Eesti_Rahvusfond, lk 112
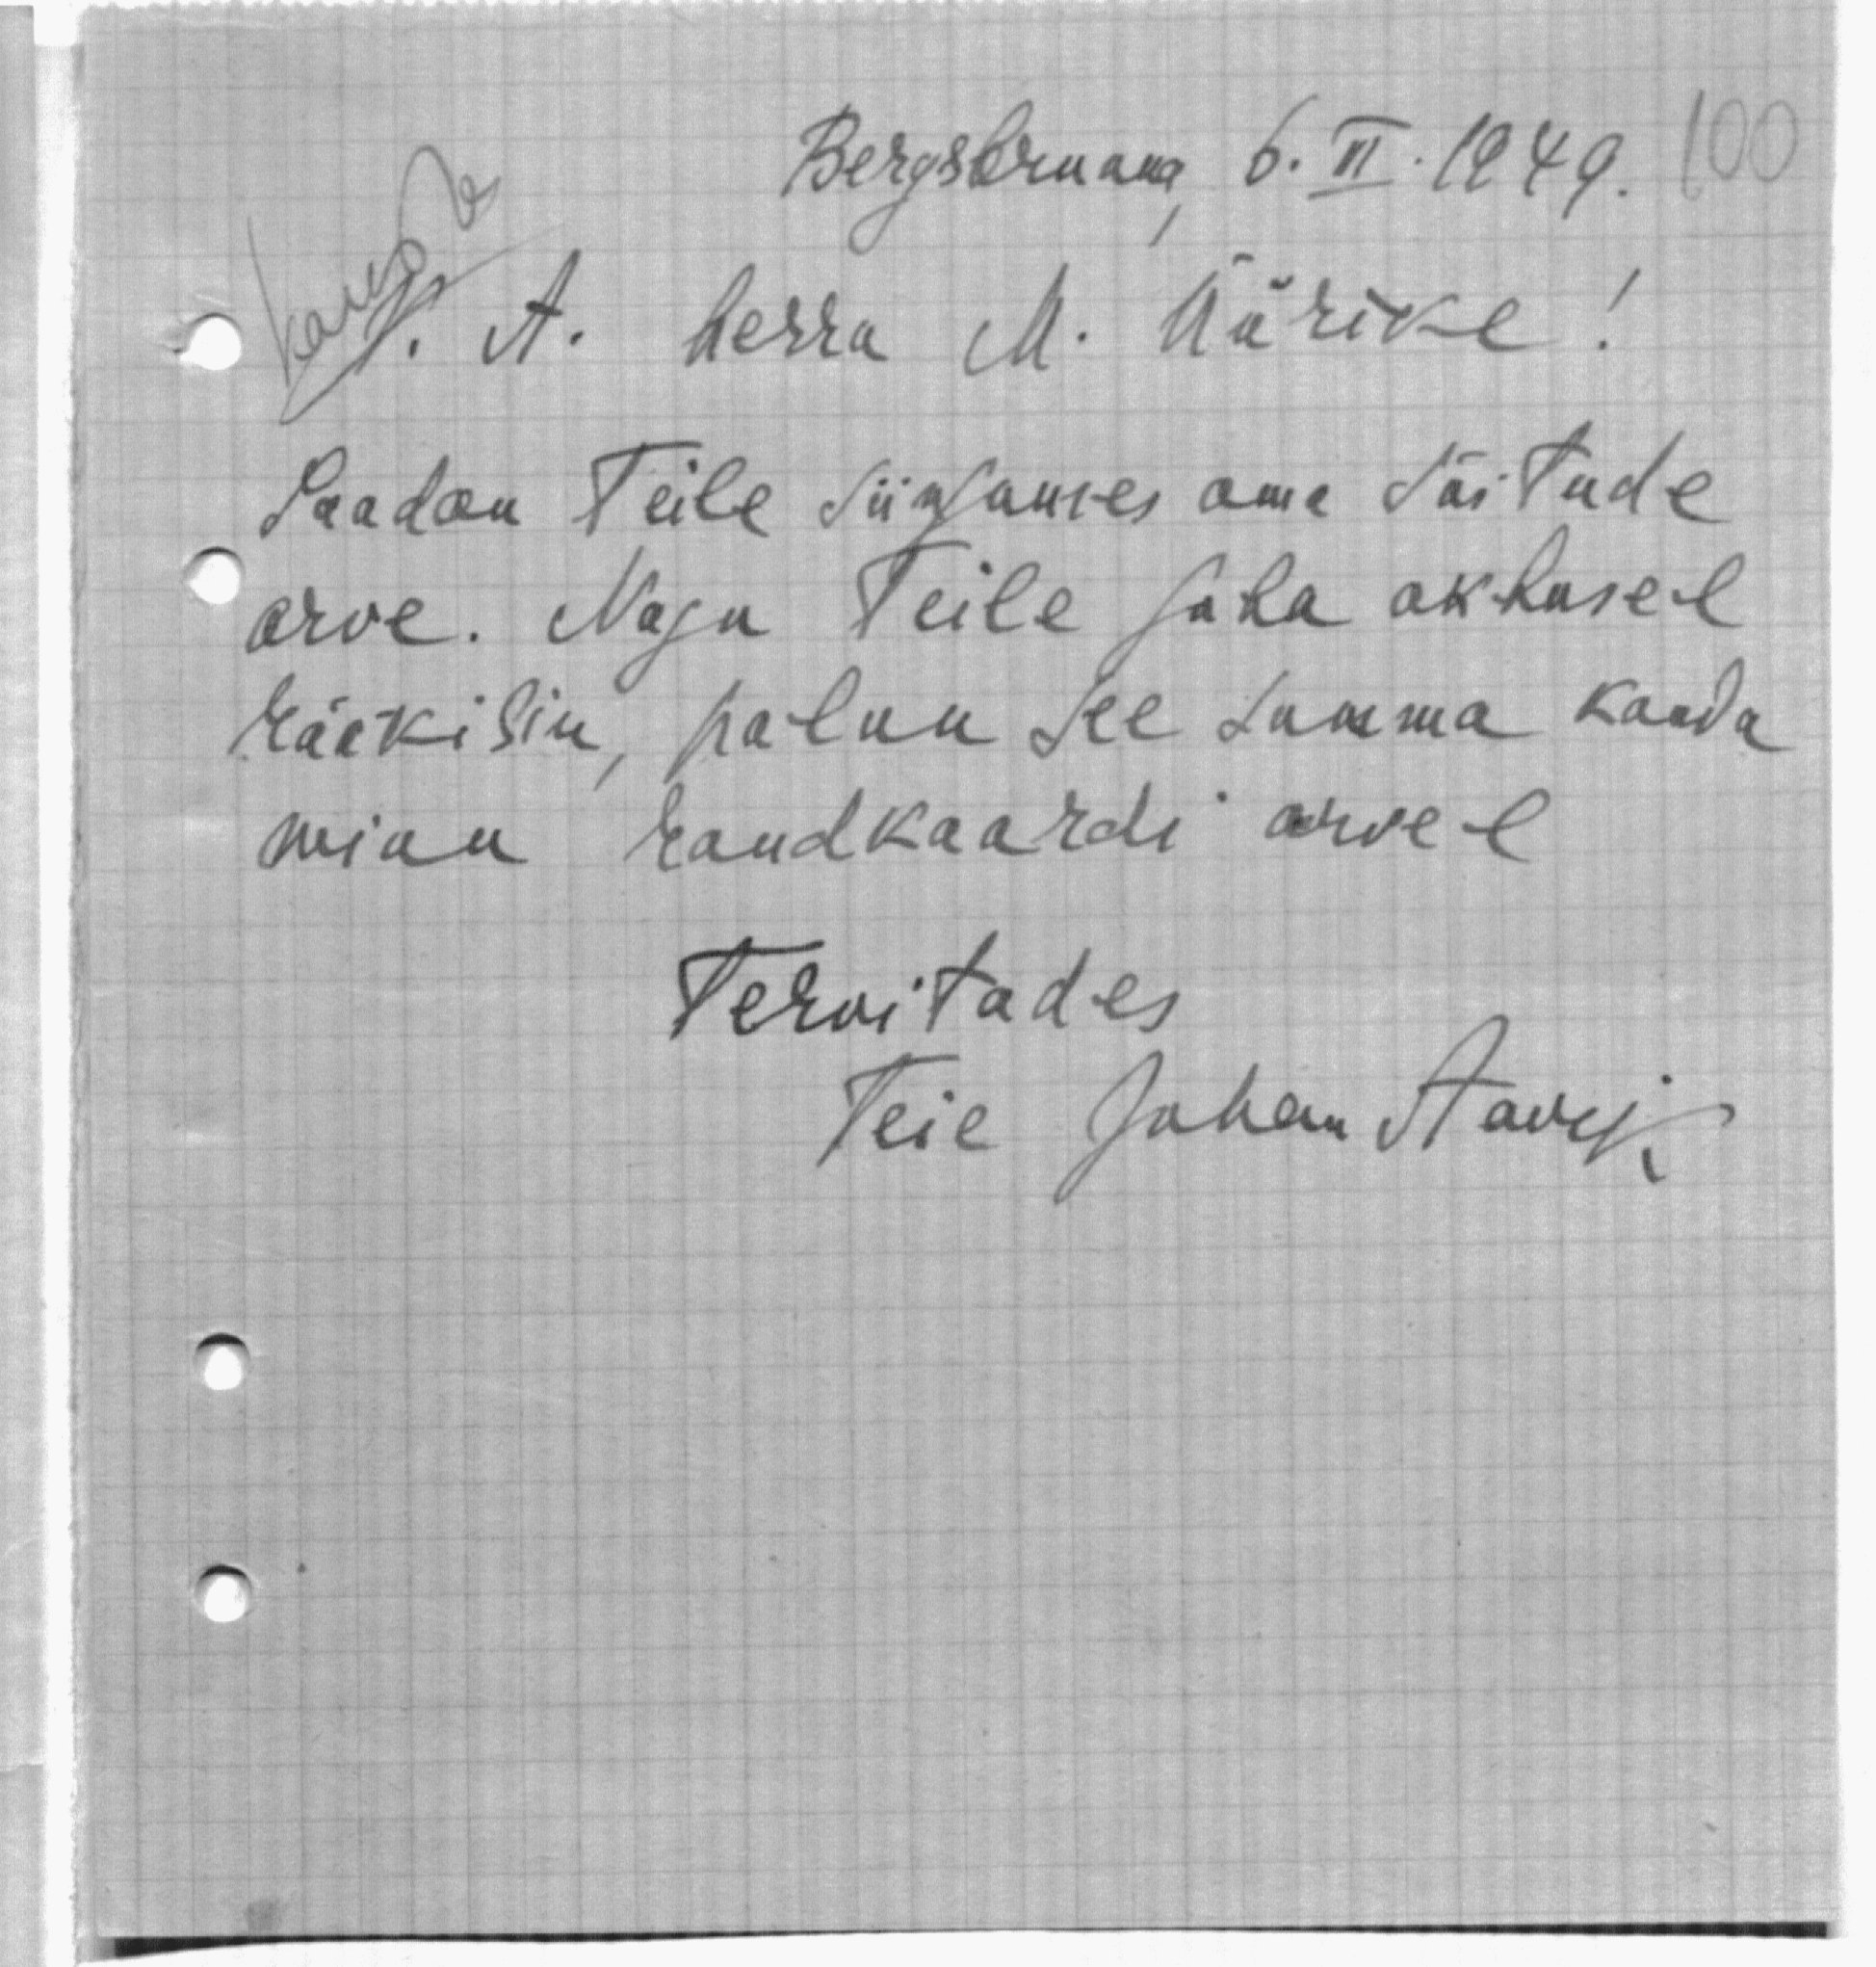
Bergsbrunne 6. III. 1949. 100
V. A. herra M. Üürike!
Saadan Teile siinjuures oma sõitude
arve. Nagu Teile saha aktusel
rääkisin, palun see summa kanda
minu raudkaardi arvel
Tervitades
Teie Johan Aavik